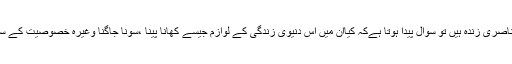
پس اگر حضرت مسیح ناصری زندہ ہیں تو سوال پیدا ہوتا ہےکہ کیااُن میں اِس دنیوی زندگی کے لوازم جیسے کھانا پینا ،سونا جاگنا وغیرہ خصوصیت کے ساتھ اب تک موجود ہیں؟